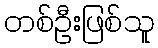
တစ်ဦးဖြစ်သူ